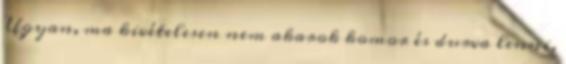
Ugyan, ma kivételesen nem akarok komor és durva lenni,